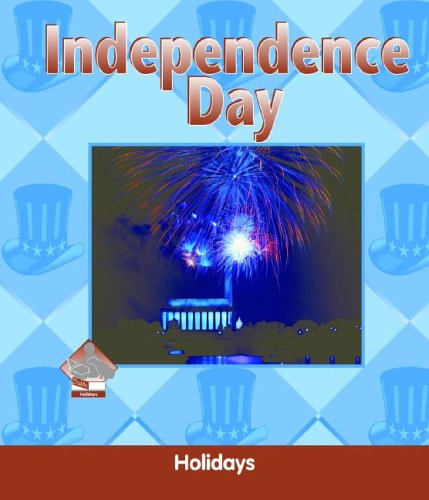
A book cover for Independence Day (Holidays Set II); Julie Murray; Children's Books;